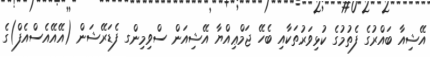
އޭޝިއާ ބައްރުގެ ފެތުމުގެ ކުޅިވަރުތަކާއި ބެހޭ ޖަމްޢިއްޔާ އޭޝިއަން ސްވިމިންގ ފެޑަރޭޝަން (އޭއޭއެސްއެފް)ގެ